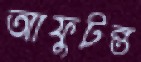
আফুটন্ত